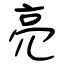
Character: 亮